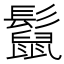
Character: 𩯡